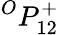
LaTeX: {}^{O}{P}_{1{2}}^{+}